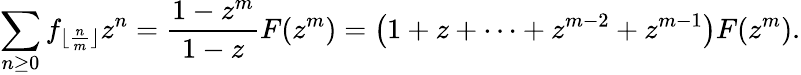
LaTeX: \sum_{n\geq 0}f_{\lfloor{\frac{n}{m}}\rfloor}z^{n}={\frac{1-z^{m}}{1-z}}F(z^{m})=\left(1+z+\cdots+z^{m-2}+z^{m-1}\right)F(z^{m}).